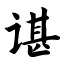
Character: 谌